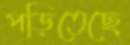
পড়িতেছে